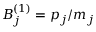
B _ { j } ^ { ( 1 ) } = p _ { j } / m _ { j }